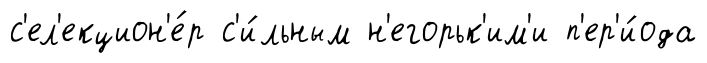
с'ел'екцион'е́р с'и́льным н'егорьк'им'и п'ер'и́ода